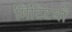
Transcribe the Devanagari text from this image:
मिटिटयों